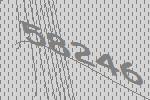
58246